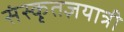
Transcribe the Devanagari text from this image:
संस्कृतज्ञयात्री